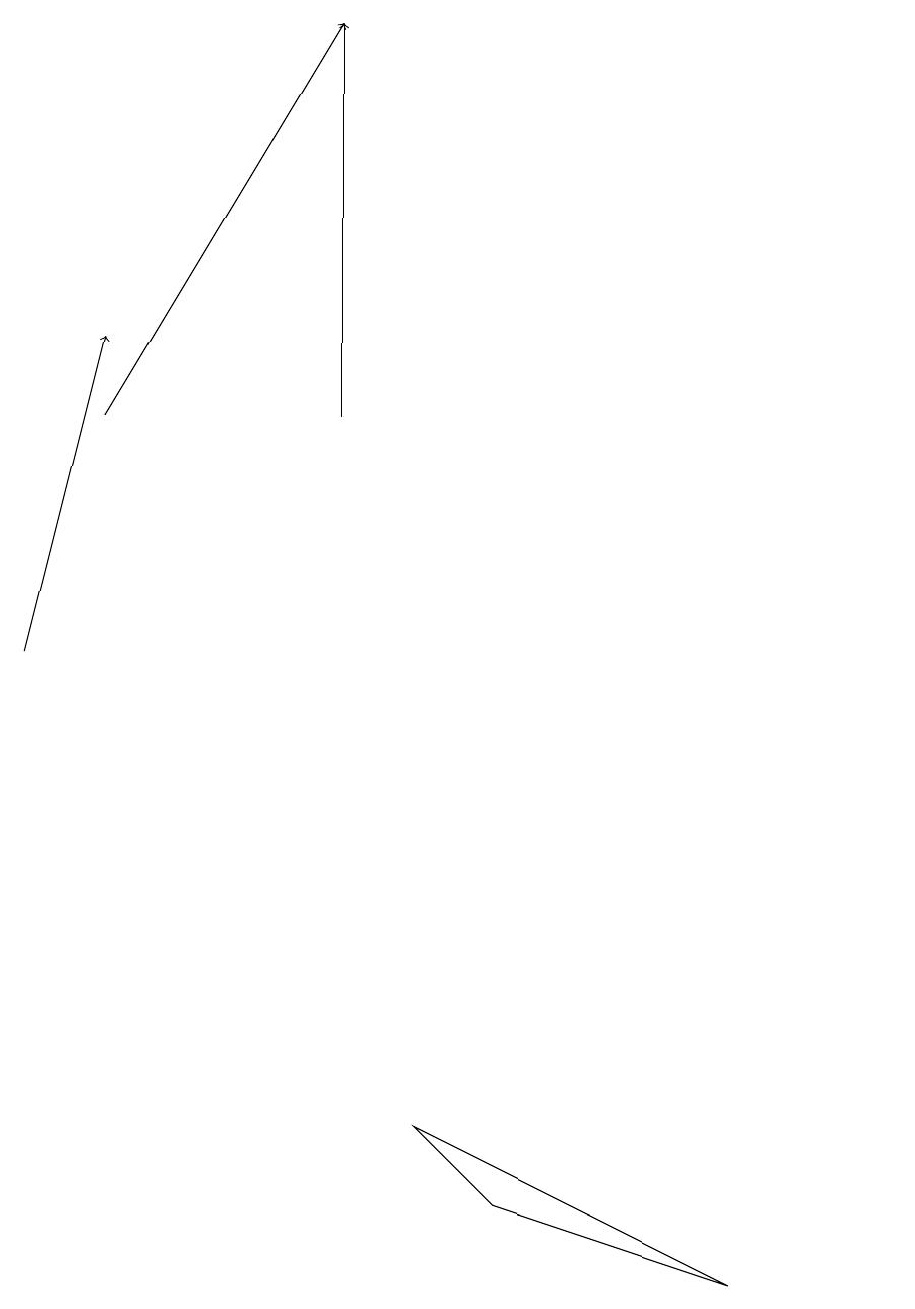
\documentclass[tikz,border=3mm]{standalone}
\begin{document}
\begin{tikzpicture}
\draw (6,3) -- (5,4) -- (9,2) -- cycle;
\draw[->] (4,13) -- (4,18);
\draw (11,12) circle (0);
\draw[->] (0,10) -- (1,14);
\draw[->] (1,13) -- (4,18);
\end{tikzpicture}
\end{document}